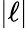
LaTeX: \lvert\ell\rvert